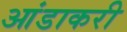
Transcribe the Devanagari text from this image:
आंडाकरी